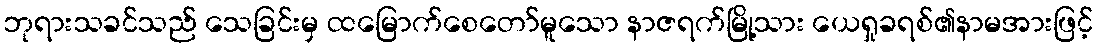
ဘုရားသခင်သည် သေခြင်းမှ ထမြောက်စေတော်မူသော နာဇရက်မြို့သား ယေရှုခရစ်၏နာမအားဖြင့်